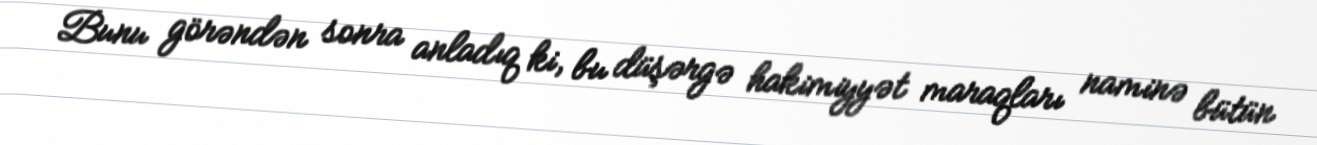
Bunu görəndən sonra anladıq ki, bu düşərgə hakimiyyət maraqları naminə bütün